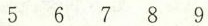
5 6 7 8 9